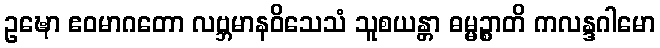
ဥဍ္ဎော ဧဝမာဂတော လဗ္ဘမာနဝိသေသံ သူစယန္တာ ဓမ္မဉ္စာတိ ကလန္ဒဂါမော